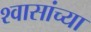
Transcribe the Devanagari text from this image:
श्वासांच्या